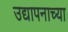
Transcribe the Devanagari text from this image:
उद्यापनाच्या